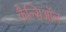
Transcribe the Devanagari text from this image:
कैल्सिऑल